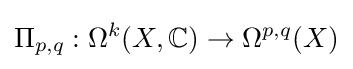
\Pi _{p,q}:\Omega ^{k}(X,\mathbb {C} )\to \Omega ^{p,q}(X)